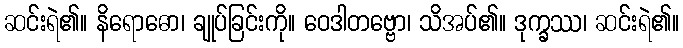
ဆင်းရဲ၏။ နိရောဓော၊ ချုပ်ခြင်းကို။ ဝေဒါတဗ္ဗော၊ သိအပ်၏။ ဒုက္ခဿ၊ ဆင်းရဲ၏။